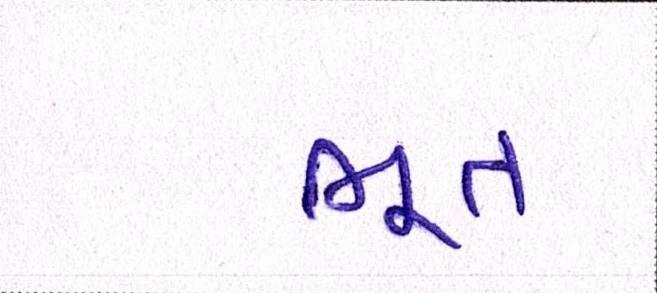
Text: ભૂત